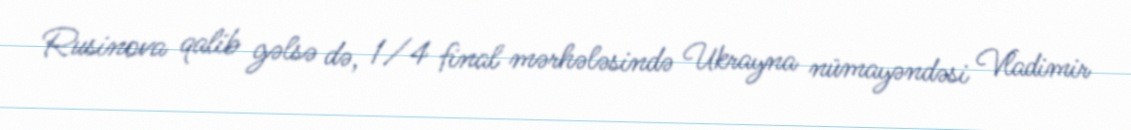
Rusinova qalib gəlsə də, 1/4 final mərhələsində Ukrayna nümayəndəsi Vladimir